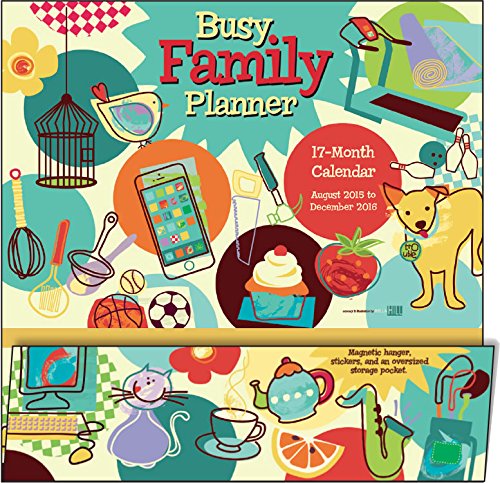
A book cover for Busy Family Planner 2016 Wall Planner Calendar; Sybille Lichtenstein; Self-Help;